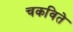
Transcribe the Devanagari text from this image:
चकविते